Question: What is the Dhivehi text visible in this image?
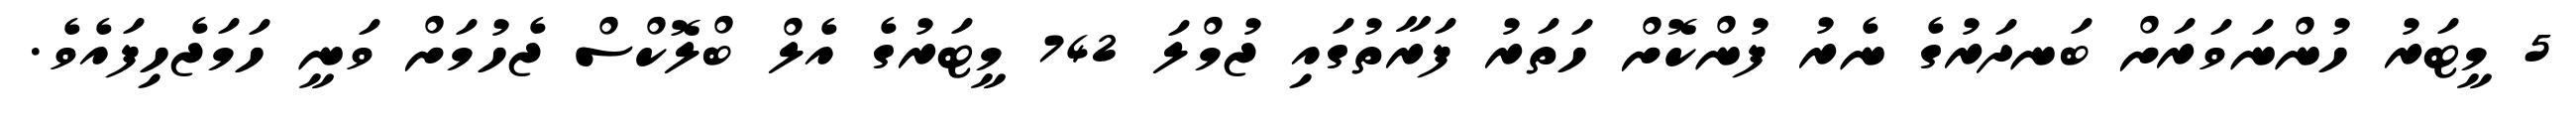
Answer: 5 މީޓަރު ހުންނަވަރަށް ބަނދަރުގެ ނެރު ފުންކޮށް ހަތަރު ފަރާތުގައި ޖުމްލަ 742 މީޓަރުގެ އެލް ބްލޮކްސް ޖެހުމަށް ވަނީ ހަމަޖެހިފައެވެ.